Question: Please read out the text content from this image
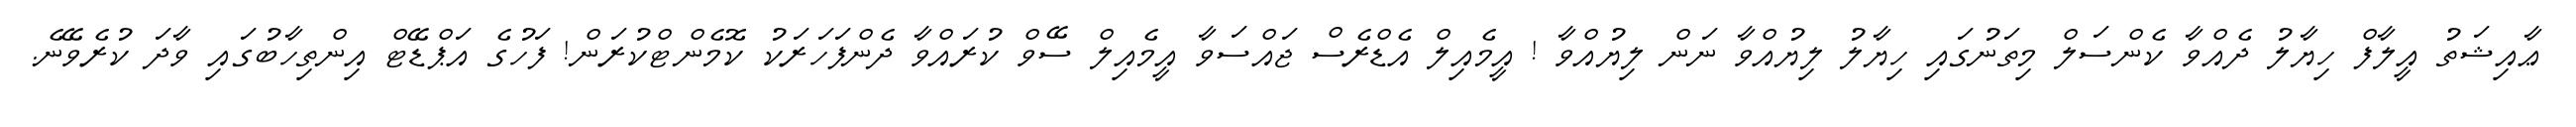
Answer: ޢާއިޝަތު އީލާފް ހިޔާލު ދެއްވާ ކެންސަލް މިތަނުގައި ހިޔާލު ލިޔުއްވާ ނަން ލިޔުއްވާ ! އީމެއިލް އެޑްރެސް ޖައްސަވާ އީމެއިލް ސޭވް ކުރައްވާ ދެންފަހަރަކު ކޮމެންޓްކުރަން! ފަހުގެ އަޕްޑޭޓް އިންތިހާބުގައި ވާދަ ކުރެވޭނެ.